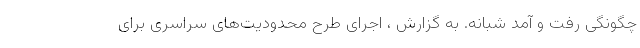
چگونگی رفت و آمد شبانه. به گزارش ، اجرای طرح محدودیت‌های سراسری برای